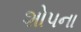
શોપના